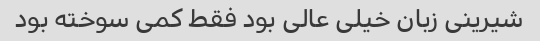
شیرینی زبان خیلی عالی بود فقط کمی سوخته بود